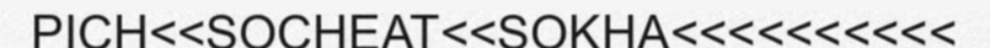
PICH<<SOCHEAT<<SOKHA<<<<<<<<<<